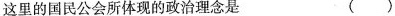
这里的国民公会所体现的政治理念是 ( )